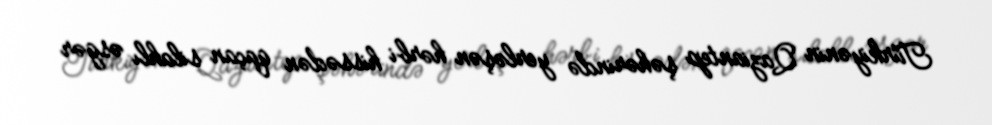
Türkiyənin Qaziantep şəhərində yerləşən hərbi hissədən qaçan silahlı əsgər